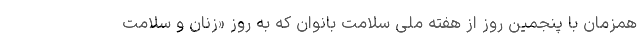
همزمان با پنجمین روز از هفته ملی سلامت بانوان که به روز «زنان و سلامت